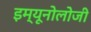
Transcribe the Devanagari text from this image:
इम्यूनोलोजी